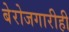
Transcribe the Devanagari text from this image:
बेरोजगारीही